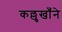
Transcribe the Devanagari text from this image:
कल्लुखाँने